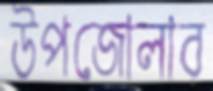
উপজোলার